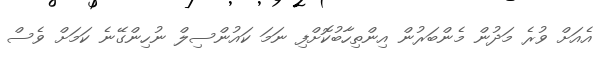
އެއަށް ވުރެ މަދުން މެންބަރުން އިންތިހާބުކޮށްފި ނަމަ ކައުންސިލް ނުހިންގޭނެ ކަމަށް ވެސް